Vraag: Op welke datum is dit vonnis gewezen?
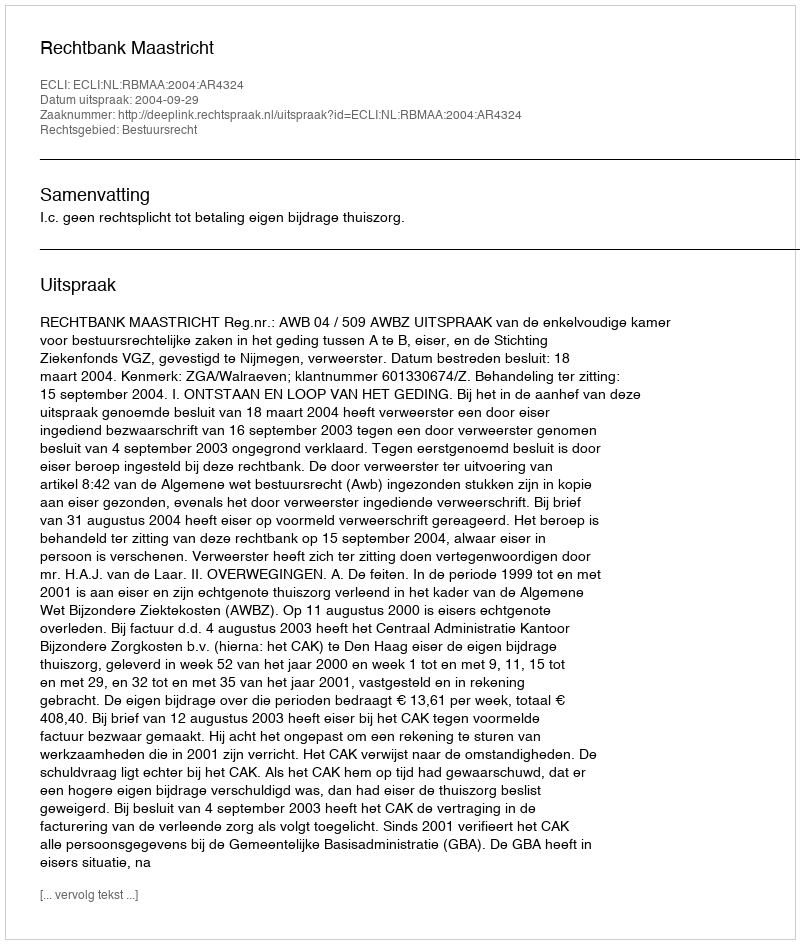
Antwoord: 2004-09-29